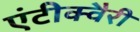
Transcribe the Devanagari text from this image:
एंटीक्वैरी